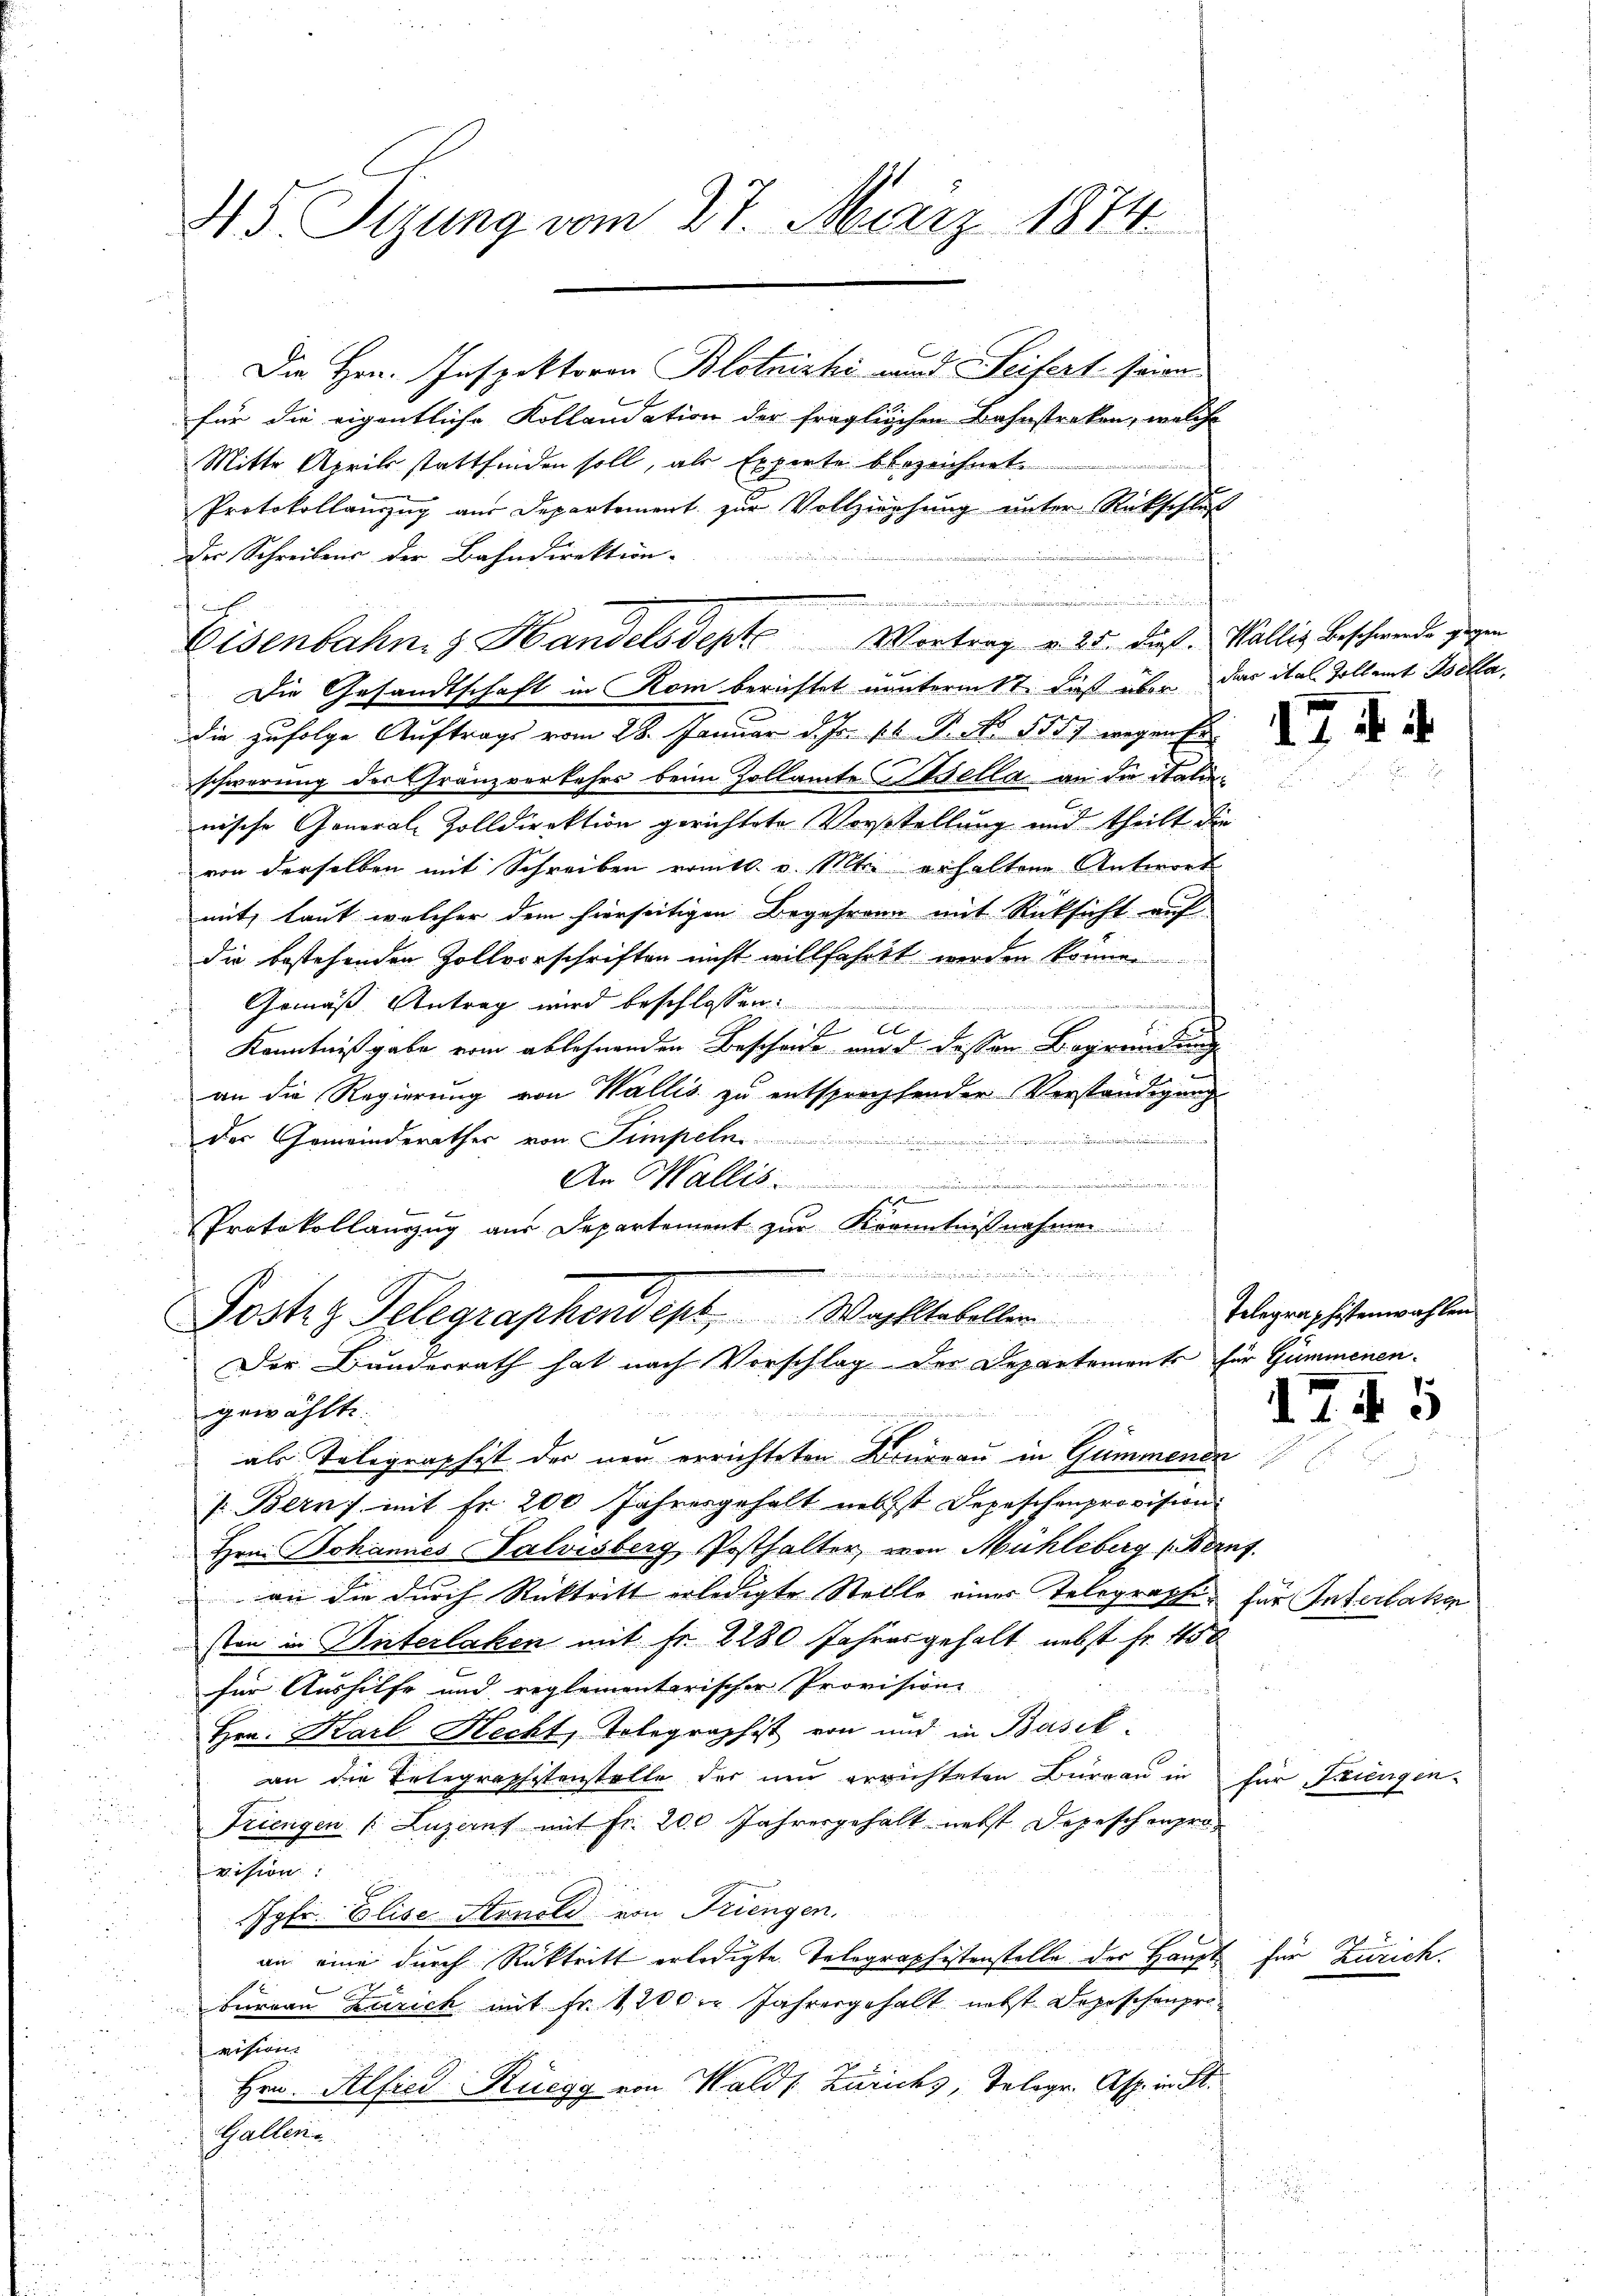
45. Sizung vom 27. März 1874.
Die Hrn. Inspektoren Blotnizki und Seifert seine

für die eigentliche Kollaudation der fraglichen Bahnstreken, welche
Mitte April stattfinden soll, als Experte bezeichnet
Protokollanzug aus Departement zur Vollziehung unter Rückschluß
der Schreibens der Bahndirektion.
Die Gesandtschaft in Rom berichtet nunterm 17 dieß über das ital Zollamt Isella,
die zufolge Auftrags vom 28. Januar d. Js. pr. P. No 855) wegen Erschwerung des Gränzverkehrs beim Zollamte Kisella an die Statinische General-Zolldirektion gerichtete Vorstellung und theilt die
von derselben mit Schreiben romtl. v. Miter erhaltene Antwort
mit, Laut welcher dem hierseitigen Begehreng mit Rücksicht auf
die bestehenden Zollvorschriften nicht willfahrt werden können
Gemäß Antrag wird beschlossen:
e
x
Kenntnißgabe vom ablehnenden Bescheide nur d. dessen Begründung

an die Regierung von Wallis zu entsprochtender Verständigung
.
der Gemeinderathes von Sempeln
An Wallis.
nndienennt
Protokollanzug aus Departement zur Krenntnißnahmen

.
Eisenbahng Handelsdente Wortrag v. 25. dieß. Wällig beschwerde gegen

.
Postig Telegraphendept. Wachstabeller Belegraphistenwahlen
Der Bunderrath hat nach Vorschlag der Departemonts für Gummenengewählte.
als Telegraphist der neu errichteten Thurgau in Gummenen

/. Bern mit Fr. 200 Jahresgehalt nebst Depeschenprovision
Hrn. Johannes Salvisberg Posthalter, von Mühleberg (Beruf
 an die durch Rücktritt erledigte Stelle eines Telegraphie für Interlaken
sten in Unterlaken mit Fr. 2280 Jahresgehalt nebst fr. 450
für Aushilfe und reglementarischer Provisione
Hrn. Karl Hecht, Telegraphist von und in Basik¬
A
an die Telegraphistenstelle der neu errichteten Büreau in
Triengen (Luzern mit Fr. 200 Jahresgehalt nebst Depeschenprovision:
Jgfr. Elise Arnold von Triengen.
an eine durch Rücktritt erledigte Telegraphistenstelle der Haupt¬
Turnau Zürich mit Fr. 1200 er Jahresgehalt nebst Depeschenprovision
Hrn. Alfred Rüegg von Walds Zürichs, Telegr. Asp. in St.
Gallen
d

17 f 4

1745

für Trienger

für Zürich.

1